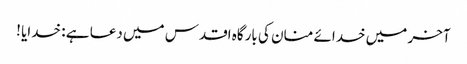
آخر میں خدائے منان کی بارگاہ اقدس میں دعا ہے : خدایا !